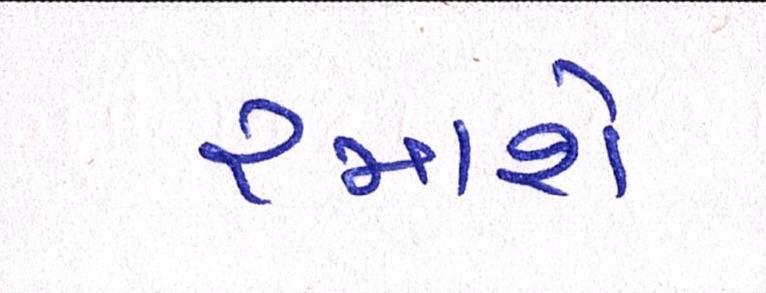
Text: રમાશે